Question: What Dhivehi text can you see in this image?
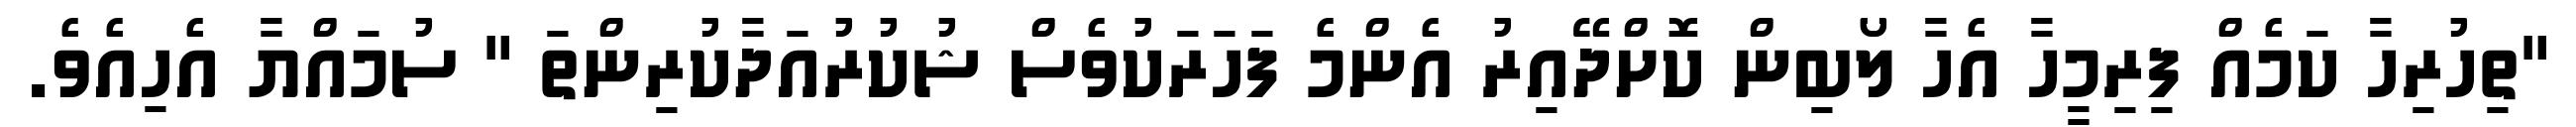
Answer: "ތިހުރިހާ ކަމެއް ފިރިމީހާ އެހާ ލޯބިން ކޮށްދޭއިރު އެންމެ ފަހަރަކުވެސް ޝުކުރުއަދާކުރިންތަ " ސުމައްޔާ އެހިއެވެ.